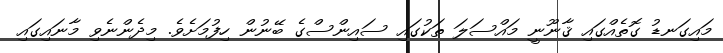
މައިގަނޑު ގޮތެއްގައި ޤާނޫނީ މައްސަލަ ތަކުގައި ސައިންސްގެ ބޭނުން ހިފުމަށެވެ. މިދެންނެވި މާނައިގައި